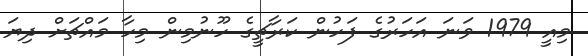
މިއީ 1979 ވަނަ އަހަރުގެ ފަހުން ކަރާޗީގެ ހޫނުމިން މިހާ މައްޗަށް ދިޔަ